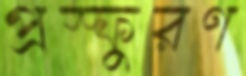
প্রস্ফুরণ